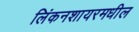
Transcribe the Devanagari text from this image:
लिंकनशायरमधील